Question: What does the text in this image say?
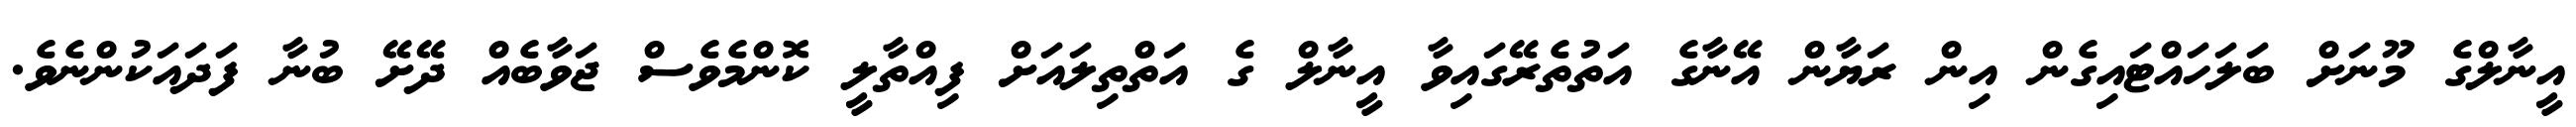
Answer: އީނާލްގެ މޫނަށް ބަލަހައްޓައިގެން އިން ރަޔާން އޭނާގެ އަތުތެރޭގައިވާ އީނާލް ގެ އަތްތިލައަށް ފިއްތާލީ ކޮންމެވެސް ޖަވާބެއް ދޭށޭ ބުނާ ފަދައަކުންނެވެ.